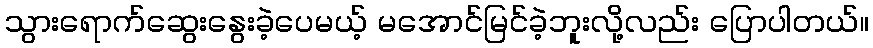
သွားရောက်ဆွေးနွေးခဲ့ပေမယ့် မအောင်မြင်ခဲ့ဘူးလို့လည်း ပြောပါတယ်။